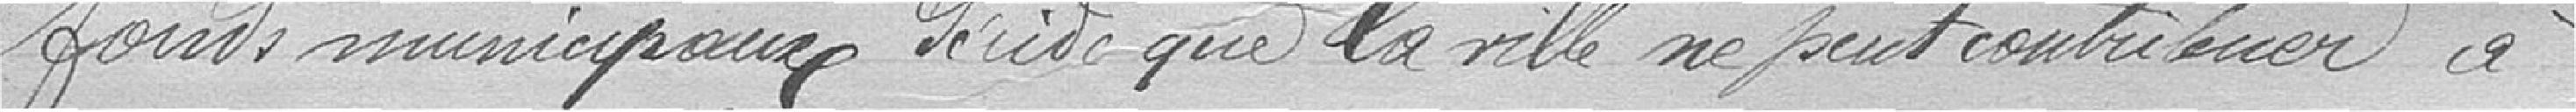
fonds municipaux décide que la ville ne peut contribuer à